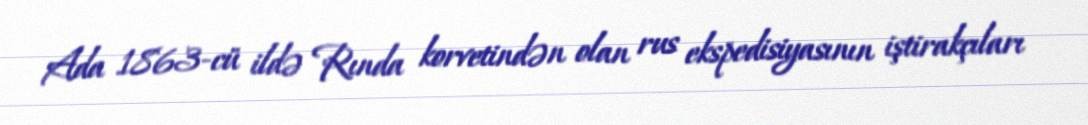
Ada 1863-cü ildə Rında korvetindən olan rus ekspedisiyasının iştirakçıları